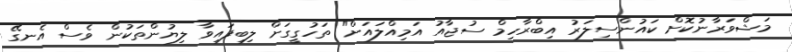
މަޝްވަރާނުކޮށް ކައުންސިލަރު އިބްރާހިމް ސުޖާއު އަމިއްލައަށް" ތަހުގީގަށް ލިބިފައިވާ ލިޔުންތަކުން ވެސް އެނގޭ